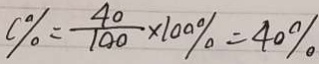
C \% = \frac { 4 0 } { 1 0 0 } \times 1 0 0 \% = 4 0 \%